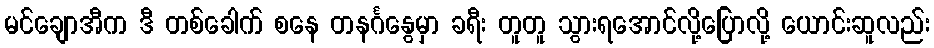
မင်ချောအီက ဒီ တစ်ခေါက် စနေ တနင်္ဂနွေမှာ ခရီး တူတူ သွားရအောင်လို့ပြောလို့ ယောင်းဆူလည်း